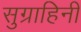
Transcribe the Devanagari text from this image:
सुग्राहिनी